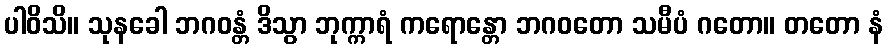
ပါဝိသိ။ သုနခေါ ဘဂဝန္တံ ဒိသွာ ဘုက္ကာရံ ကရောန္တော ဘဂဝတော သမီပံ ဂတော။ တတော နံ